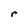
Character: r